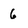
Character: 6